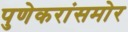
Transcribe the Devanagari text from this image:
पुणेकरांसमोर